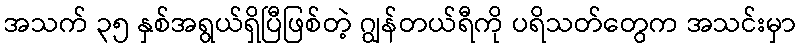
အသက် ၃၅ နှစ်အရွယ်ရှိပြီဖြစ်တဲ့ ဂျွန်တယ်ရီကို ပရိသတ်တွေက အသင်းမှာ